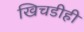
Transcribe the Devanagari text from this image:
खिचडीही